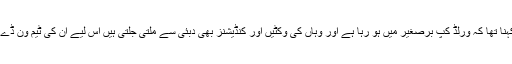
دوسری طرف انگلینڈ کے کپتان ایون مورگن کا کہنا تھا کہ ورلڈ کپ برصغیر میں ہو رہا ہے اور وہاں کی وکٹیں اور کنڈیشنز بھی دبئی سے ملتی جلتی ہیں اس لیے ان کی ٹیم ون ڈے کا مومینٹم برقرار رکھنے کی کوشش کرے گی۔